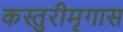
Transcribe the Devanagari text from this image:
कस्तुरीमृगास